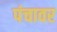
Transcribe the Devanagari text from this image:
पंचावर